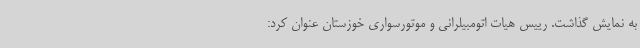
به نمایش گذاشت. رییس هیات اتومبیلرانی و موتورسواری خوزستان عنوان کرد: